Vaccination in the Punjab 1919-1929 - 1919-1929
Year: 1919
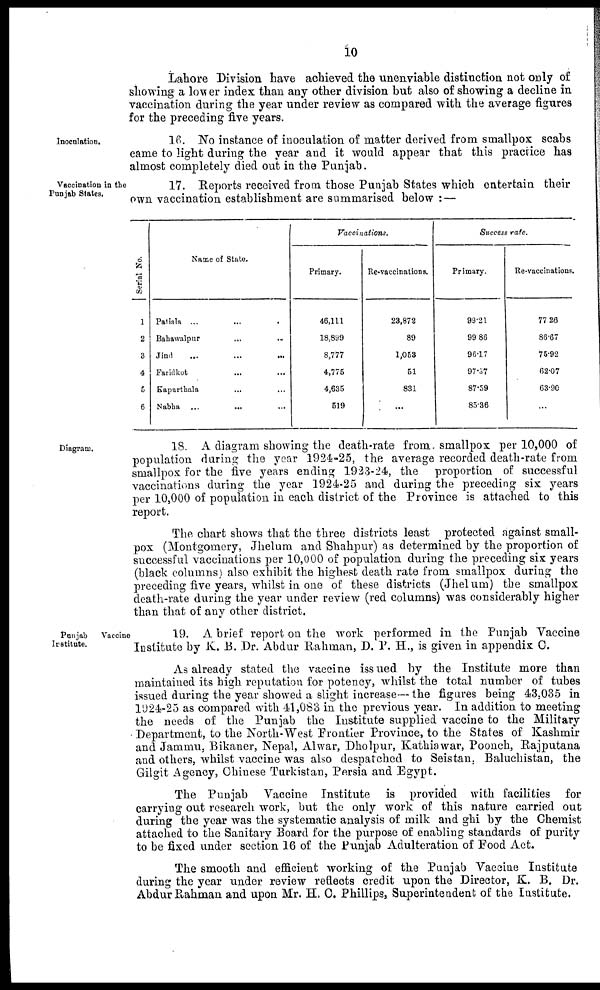
10
Lahore Division have achieved the unenviable distinction not only of
showing a lower index than any other division but also of showing a decline in
vaccination during the year under review as compared with the average figures
for the preceding five years.
Inoculation.
16. No instance of inoculation of matter derived from smallpox scabs
came to light during the year and it would appear that this practice has
almost completely died out in the Punjab.
Vaccination in the
Punjab States.
17. Reports received from those Punjab States which entertain their
own vaccination establishment are summarised below : —
Serial No.
1
2
3
4
5
6
Name of State.
Patiala ... ... ...
Bahawalpur ... ...
Jind
...
...
...
Faridkot ... ... ...
Kapurthala ... ... ...
Nabha ...
...
...
Vaccinations.
Primary.
46,111
18,899
8,777
4,775
4,635
519
Re-vaccinations.
23,872
89
1,053
51
831
...
Success rate.
Primary.
99.21
99.86
96.17
97.37
87.59
85.36
Re-vaccinations.
77.26
86.67
75.92
62.07
63.90
...
Diagram.
18. A diagram showing the death-rate from smallpox per 10,000 of
population during the year 1924-25, the average recorded death-rate from
smallpox for the five years ending 1923-24, the proportion of successful
vaccinations during the year 1924-25 and during the preceding six years
per 10,000 of population in each district of the Province is attached to this
report.
The chart shows that the three districts least protected against small-
pox (Montgomery, Jhelum and Shahpur) as determined by the proportion of
successful vaccinations per 10,000 of population during the preceding six years
(black columns) also exhibit the highest death rate from smallpox during the
preceding five years, whilst in one of these districts (Jhelum) the smallpox
death-rate during the year under review (red columns) was considerably higher
than that of any other district.
Punjab
Vaccine
Institute.
19. A brief report on the work performed in the Punjab Vaccine
Institute by K. B. Dr. Abdur Rahman, D. P. H., is given in appendix C.
As already stated the vaccine issued by the Institute more than
maintained its high reputation for potency, whilst the total number of tubes
issued during the year showed a slight increase— the figures being 43,035 in
1924-25 as compared with 41,083 in the previous year. In addition to meeting
the needs of the Punjab the Institute supplied vaccine to the Military
Department, to the North-West Frontier Province, to the States of Kashmir
and Jammu, Bikaner, Nepal, Alwar, Dholpur, Kathiawar, Poonch, Rajputana
and others, whilst vaccine was also despatched to Seistan, Baluchistan, the
Gilgit Agency, Chinese, Turkistan, Persia and Egypt.
The Punjab Vaccine Institute is provided with facilities for
carrying out research work, but the only work of this nature carried out
during the year was the systematic analysis of milk and ghi by the Chemist
attached to the Sanitary Board for the purpose of enabling standards of purity
to be fixed under section 16 of the Punjab Adulteration of Food Act.
The smooth and efficient working of the Punjab Vaccine Institute
during the year under review reflects credit upon the Director, K. B. Dr.
Abdur Rahman and upon Mr. H. C. Phillips, Superintendent of the Institute.